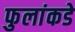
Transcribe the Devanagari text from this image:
फुलांकडे